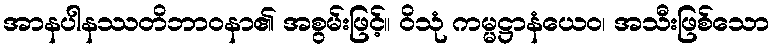
အာနပါနဿတိဘာဝနာ၏ အစွမ်းဖြင့်။ ဝိသုံ ကမ္မဋ္ဌာနံယေဝ၊ အသီးဖြစ်သော